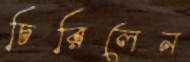
চিরিলেন